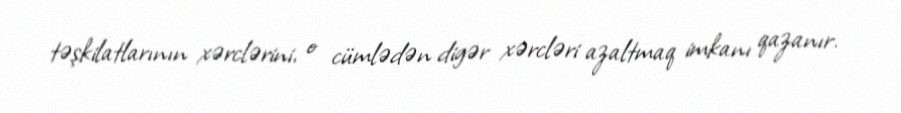
təşkilatlarının xərclərini, o cümlədən digər xərcləri azaltmaq imkanı qazanır.